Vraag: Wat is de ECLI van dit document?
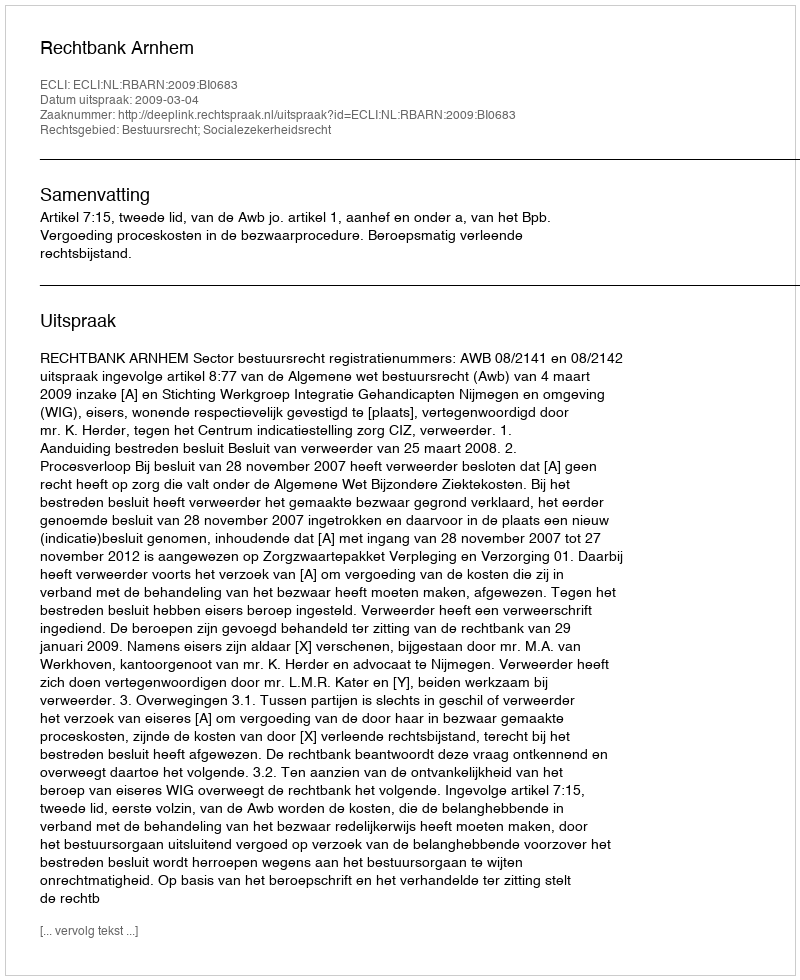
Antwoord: ECLI:NL:RBARN:2009:BI0683